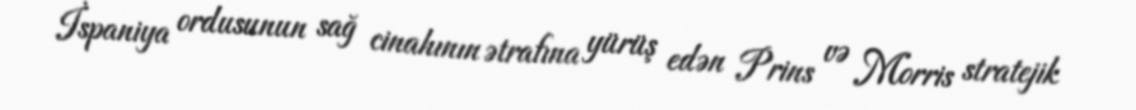
İspaniya ordusunun sağ cinahının ətrafına yürüş edən Prins və Morris stratejik